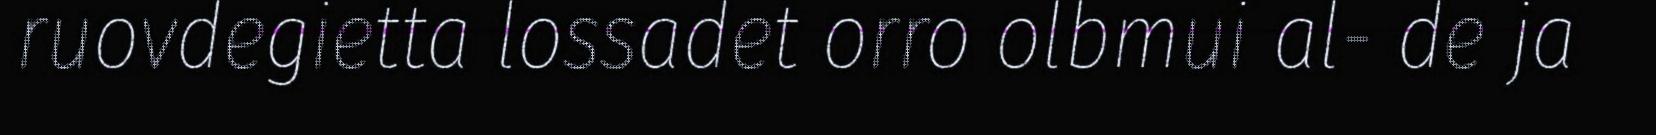
ruovdegietta lossadet orro olbmui al- de ja